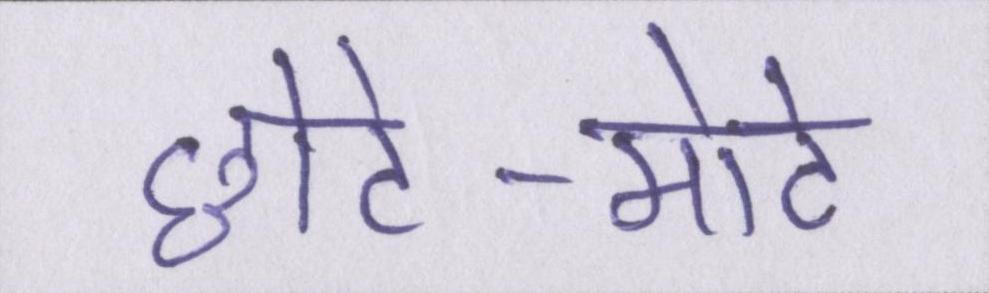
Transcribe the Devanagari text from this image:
छोटे-मोटे